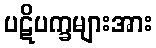
ပဋိပက္ခများအား